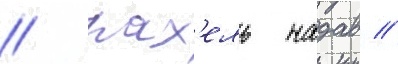
/ рах'ель надав //